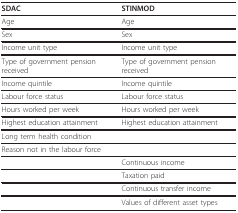
| SDAC | STINMOD |
 | --- | --- |
 | Age | Age |
 | Sex | Sex |
 | Income unit type | Income unit type |
 | Type of government pension received | Type of government pension received |
 | Income quintile | Income quintile |
 | Labour force status | Labour force status |
 | Hours worked per week | Hours worked per week |
 | Highest education attainment | Highest education attainment |
 | Long term health condition |  |
 | Reason not in the labour force |  |
 |  | Continuous income |
 |  | Taxation paid |
 |  | Continuous transfer income |
 |  | Values of different asset types |